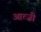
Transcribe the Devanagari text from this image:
आत्ज़ी